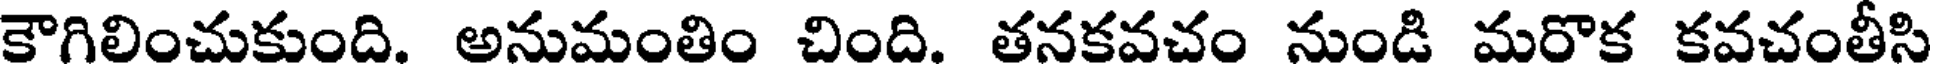
కౌగిలించుకుంది. అనుమంతిం చింది. తనకవచం నుండి మరొక కవచంతీసి